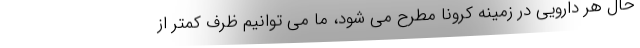
حال هر دارویی در زمینه کرونا مطرح می شود، ما می توانیم ظرف کمتر از